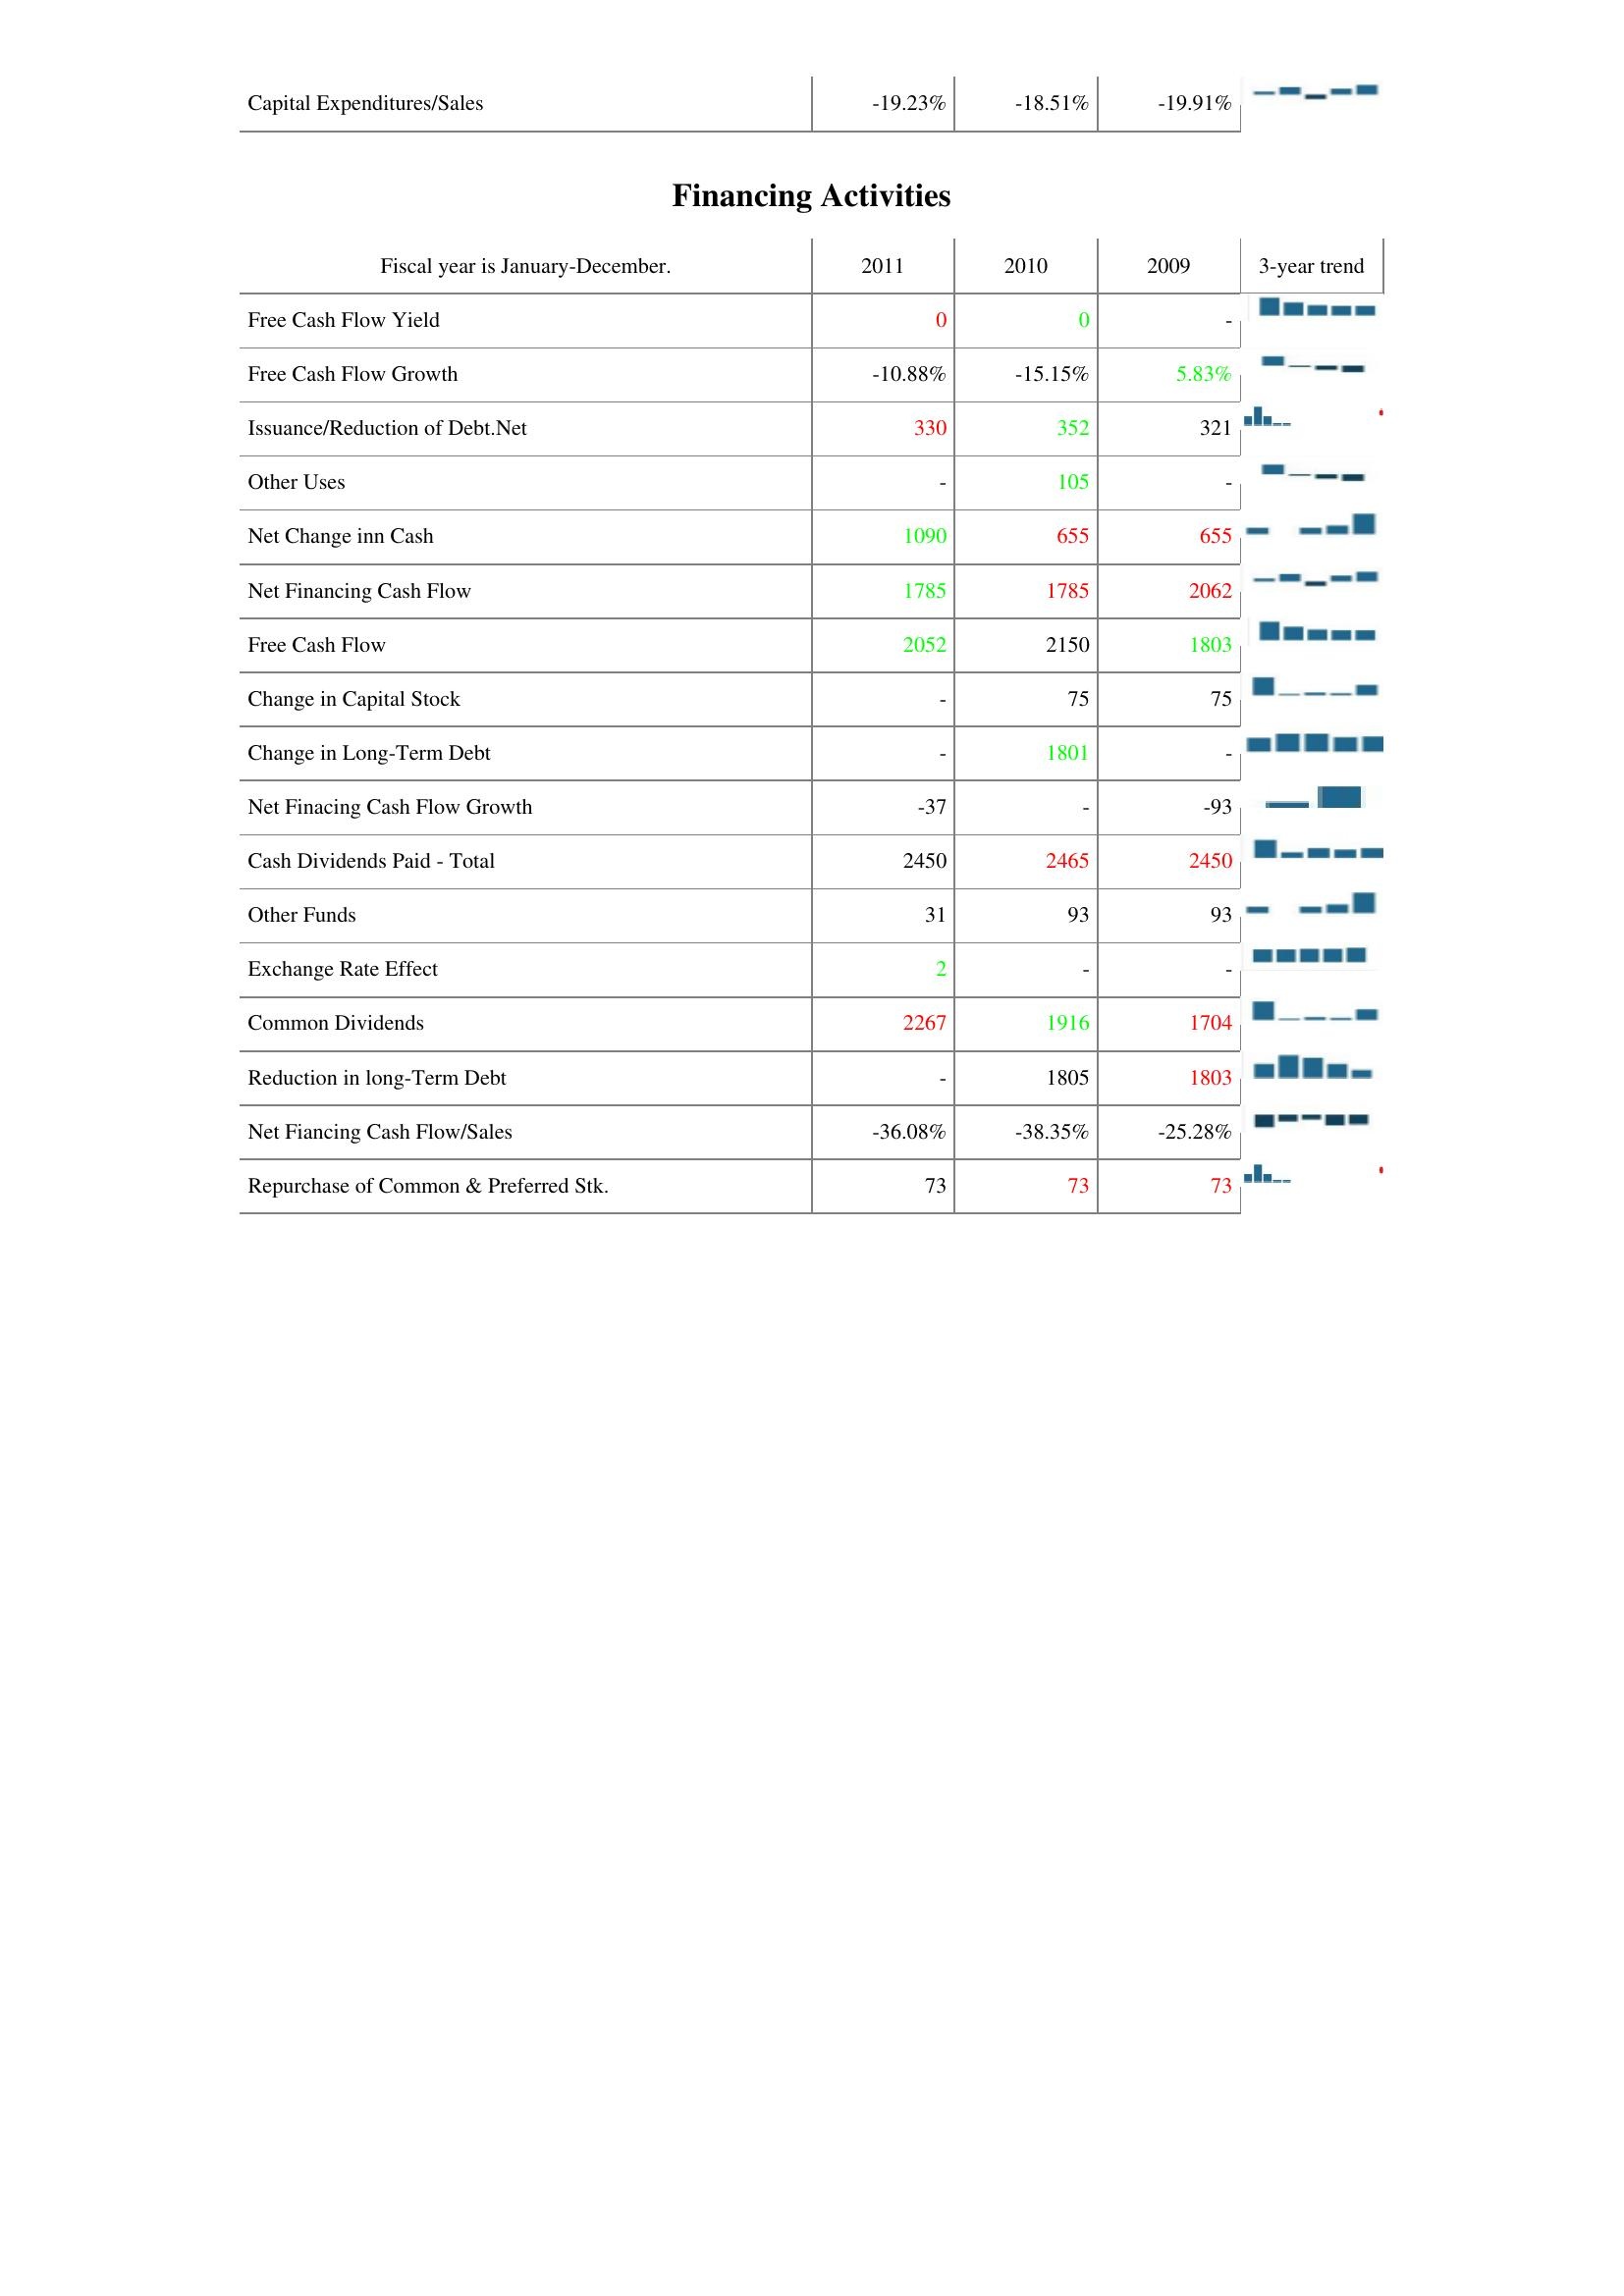
2011: Investing Activities: Capital Expenditures/Sales: -19.23%
Financing Activities: Free Cash Flow Yield: 0
Free Cash Flow Growth: -10.88%
Issuance/Reduction of Debt.Net: 330
Other Uses: -
Net Change inn Cash: 1090
Net Financing Cash Flow: 1785
Free Cash Flow: 2052
Change in Capital Stock: -
Change in Long-Term Debt: -
Net Finacing Cash Flow Growth: -37
Cash Dividends Paid - Total: 2450
Other Funds: 31
Exchange Rate Effect: 2
Common Dividends: 2267
Reduction in long-Term Debt: -
Net Fiancing Cash Flow/Sales: -36.08%
Repurchase of Common & Preferred Stk.: 73
2010: Investing Activities: Capital Expenditures/Sales: -18.51%
Financing Activities: Free Cash Flow Yield: 0
Free Cash Flow Growth: -15.15%
Issuance/Reduction of Debt.Net: 352
Other Uses: 105
Net Change inn Cash: 655
Net Financing Cash Flow: 1785
Free Cash Flow: 2150
Change in Capital Stock: 75
Change in Long-Term Debt: 1801
Net Finacing Cash Flow Growth: -
Cash Dividends Paid - Total: 2465
Other Funds: 93
Exchange Rate Effect: -
Common Dividends: 1916
Reduction in long-Term Debt: 1805
Net Fiancing Cash Flow/Sales: -38.35%
Repurchase of Common & Preferred Stk.: 73
2009: Investing Activities: Capital Expenditures/Sales: -19.91%
Financing Activities: Free Cash Flow Yield: -
Free Cash Flow Growth: 5.83%
Issuance/Reduction of Debt.Net: 321
Other Uses: -
Net Change inn Cash: 655
Net Financing Cash Flow: 2062
Free Cash Flow: 1803
Change in Capital Stock: 75
Change in Long-Term Debt: -
Net Finacing Cash Flow Growth: -93
Cash Dividends Paid - Total: 2450
Other Funds: 93
Exchange Rate Effect: -
Common Dividends: 1704
Reduction in long-Term Debt: 1803
Net Fiancing Cash Flow/Sales: -25.28%
Repurchase of Common & Preferred Stk.: 73